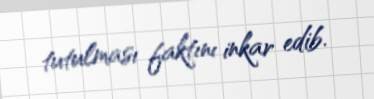
tutulması faktını inkar edib.